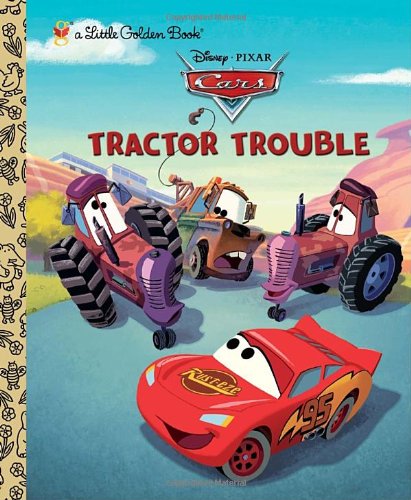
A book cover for Tractor Trouble (Disney/Pixar Cars) (Little Golden Book); Frank Berrios; Children's Books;